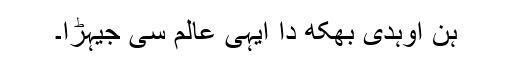
ہن اوہدی بھُکھ دا ایہی عالم سی جیہڑا۔